NAE_ERA_R-2632_ENSV_TA_Emakeele_Selts_1945-1955, lk 109
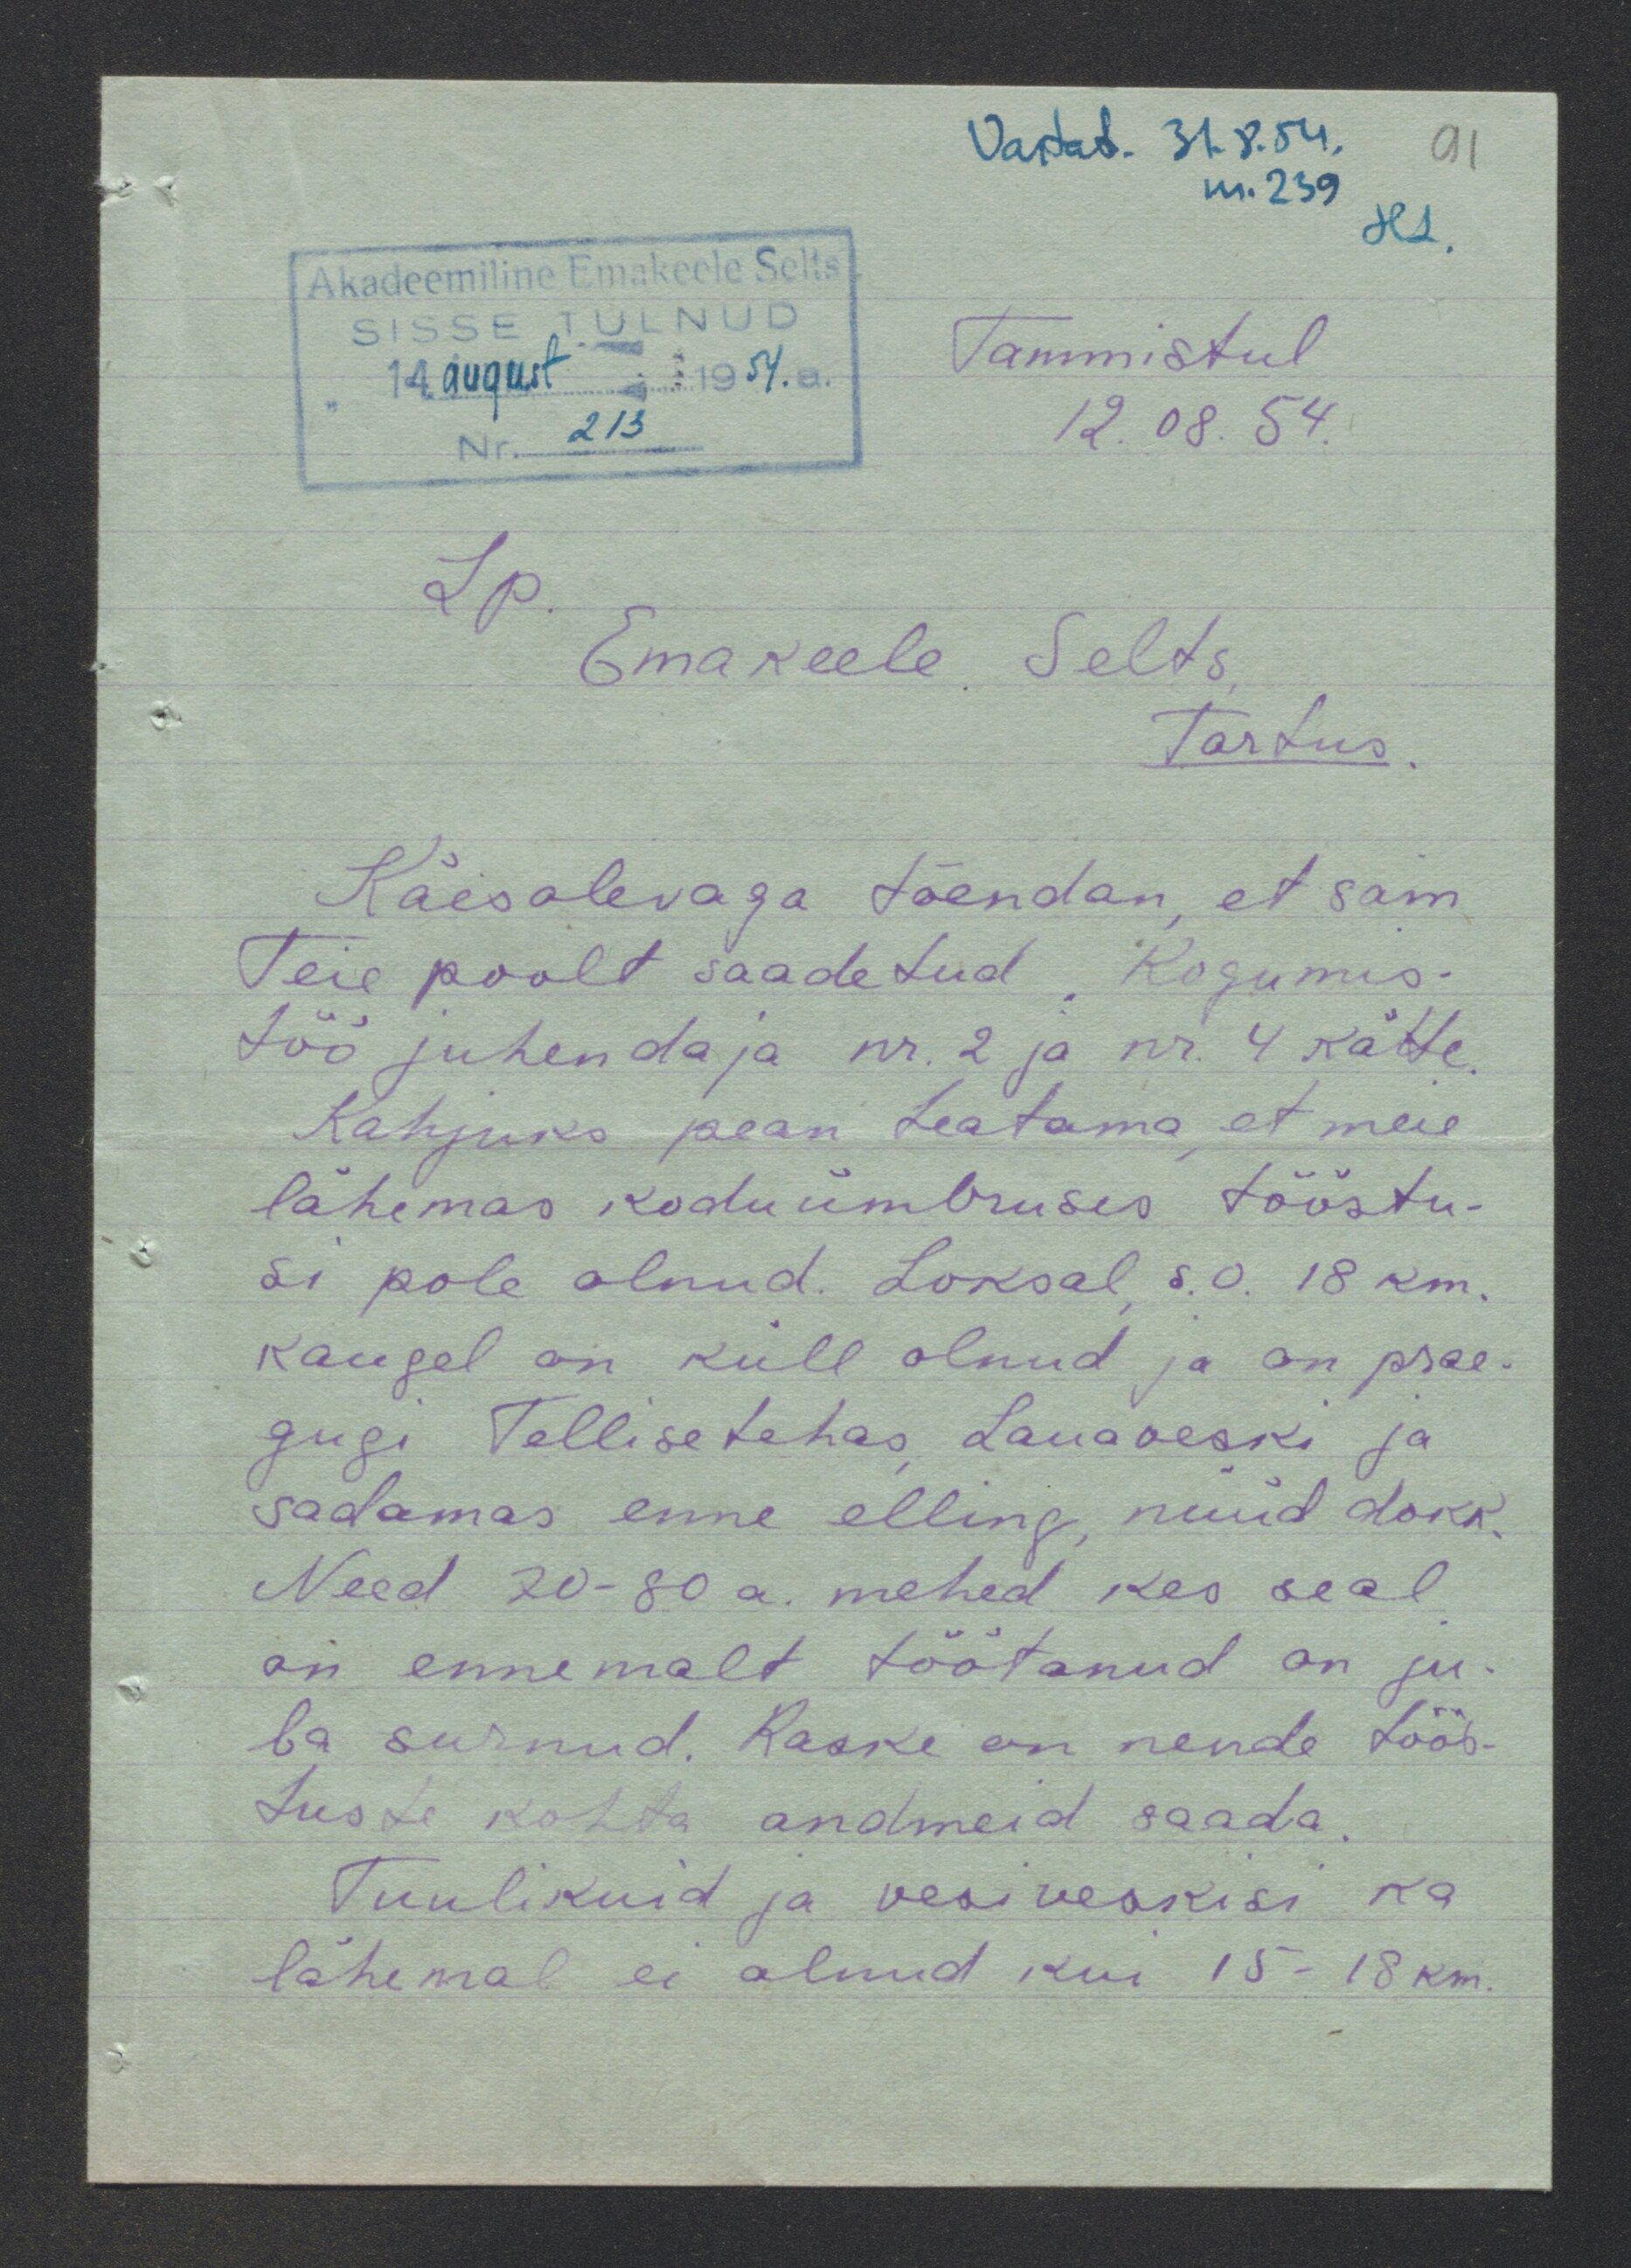
Tammistul
12.08. 54
Lp
Emakeele Selts
Tartus
Käesolevaga tõendan, et sain
Teie poolt saadetud. Kogumis-
töö juhendaja nr. 2 ja nr. 4 kätte
Kahjuks pean teatama, et meie
lähemas koduümbruses tööstu-
si pole olnud. Loksal, s.o. 18 km
kaugel on küll olnud ja on prae-
gugi Tellisetehas, Lauaveski ja
sadamas enne elling, nüüd dokk.
Need 70-80 a. mehed kes seal
on ennemalt töötanud on ju-
ba surnud. Raske on nende töös-
tuste kohta andmeid saada
Tuulikuid ja vesiveskisi ka
lähemal ei olnud kui 15-18 km.